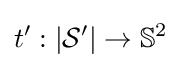
t':|{\mathcal {S}}'|\rightarrow \mathbb {S} ^{2}